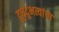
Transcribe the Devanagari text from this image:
दूधदुभत्यांचा